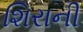
શિરાની